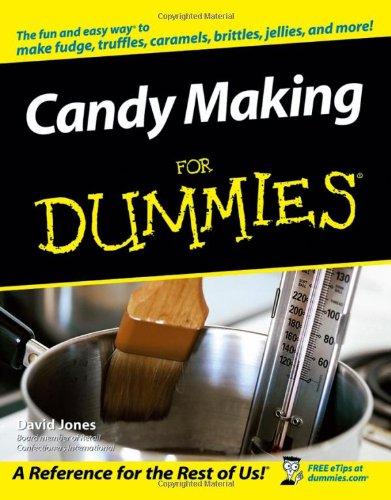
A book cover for Candy Making For Dummies; David Jones; Cookbooks, Food & Wine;